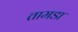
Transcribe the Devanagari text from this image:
तामडा